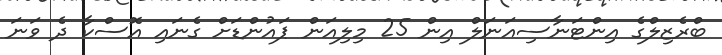
ބްރެޒިލްގެ އިންޓަނާސިއަނަލް އިން 25 މިލިއަން ޕައުންޑަށް ގެނައި އޮސްކާ ދެ ވަނަ